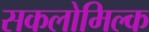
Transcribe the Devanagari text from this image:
सकलोमिल्क